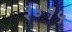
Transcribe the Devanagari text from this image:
३४१५